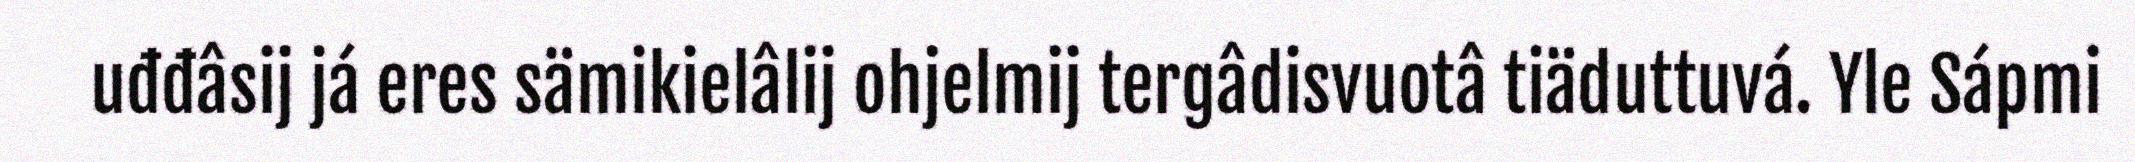
uđđâsij já eres sämikielâlij ohjelmij tergâdisvuotâ tiäduttuvá. Yle Sápmi